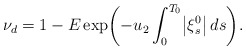
\begin{align*}\nu_d = 1 - E \exp\biggl(-u_2\int_0^{T_0}\bigl|\xi_s^0\bigr| \,ds \biggr). \end{align*}